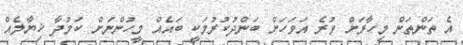
އެ ތަންތަން މިހާރަށް ވުރެ އަވަހަށް ބަންދުކުރުމަކީ ބައެއް މީހުންނަށް ކަމުދާ ޚިޔާލެއް